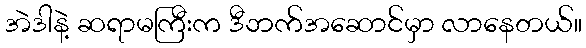
အဲဒါနဲ့ ဆရာမကြီးက ဒီဘက်အဆောင်မှာ လာနေတယ်။